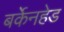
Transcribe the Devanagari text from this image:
बर्केनहेड